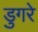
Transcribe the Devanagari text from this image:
डुगरे